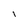
Character: l